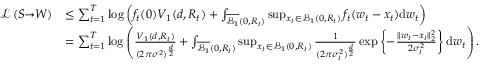
\begin{array} { r l } { \mathcal { L } \left( S \! \! \to \! \! W \right) } & { \leq \sum _ { t = 1 } ^ { T } \log \left( f _ { t } ( 0 ) V _ { 1 } ( d , R _ { t } ) + \int _ { \overline { { \mathcal { B } _ { 1 } } } ( 0 , R _ { t } ) } \operatorname* { s u p } _ { x _ { t } \in \mathcal { B } _ { 1 } ( 0 , R _ { t } ) } f _ { t } ( w _ { t } - x _ { t } ) \mathrm { d } w _ { t } \right) } \\ & { = \sum _ { t = 1 } ^ { T } \log \left( \frac { V _ { 1 } ( d , R _ { t } ) } { ( 2 \pi \sigma ^ { 2 } ) ^ { \frac { d } { 2 } } } + \int _ { \overline { { \mathcal { B } _ { 1 } } } ( 0 , R _ { t } ) } \operatorname* { s u p } _ { x _ { t } \in \mathcal { B } _ { 1 } ( 0 , R _ { t } ) } \frac { 1 } { ( 2 \pi \sigma _ { t } ^ { 2 } ) ^ { \frac { d } { 2 } } } \exp \left\lbrace - \frac { \| w _ { t } - x _ { t } \| _ { 2 } ^ { 2 } } { 2 \sigma _ { t } ^ { 2 } } \right\rbrace \mathrm { d } w _ { t } \right) . } \end{array}